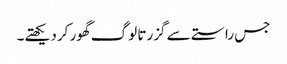
جس راستے سے گزرتا لوگ گھور کردیکھتے۔